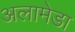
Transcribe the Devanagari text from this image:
अलामेडा